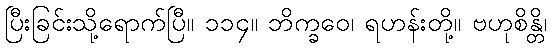
ပြီးခြင်းသို့ရောက်ပြီ။ ၁၁၄။ ဘိက္ခဝေ၊ ရဟန်းတို့။ ဗဟုစိန္တိ၊